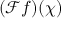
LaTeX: ( { \mathcal { F } } f ) ( \chi )